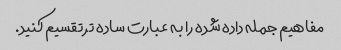
مفاهیم جمله داده شده را به عبارت ساده تر تقسیم کنید.